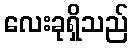
လေးခုရှိသည်